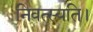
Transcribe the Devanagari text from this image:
निवत्स्यति।